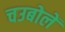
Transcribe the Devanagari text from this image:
चउबोलें